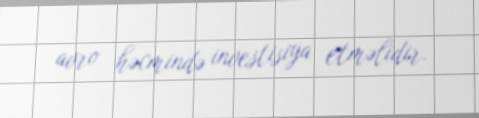
avro həcmində investisiya etməlidir.